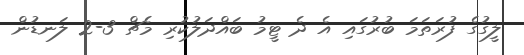
ލީގުގެ ފުރަތަމަ ބުރުގައި އެ ދެ ޓީމު ބައްދަލުކުރި މެޗް 3-2 ލަނޑުން